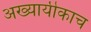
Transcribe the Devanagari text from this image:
अख्यायीकाच